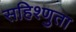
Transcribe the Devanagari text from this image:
सहिश्णुता